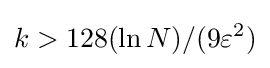
k>128(\ln N)/(9\varepsilon ^{2})